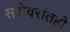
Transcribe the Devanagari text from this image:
सरोवरांतही